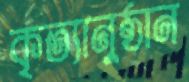
কৃত্যানুষ্ঠান